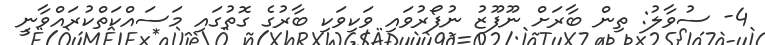
4- ސުވާލު: ތިން ބާރަށް ނޫފޫޒު ނުފޯރުވައި ވަކިވަކި ބާރުގެ ގޮތުގައި މަސައްކަތްކުރައްވާނީ